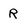
Character: R